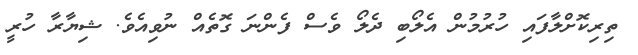
ތިރިކޮށްލާފައި ހުރުމުން އެލޯބި ދެލޯ ވެސް ފެންނަ ގޮތެއް ނުވިއެވެ. ޝިޔާރާ ހުރީ